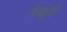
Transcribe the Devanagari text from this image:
येथूनी